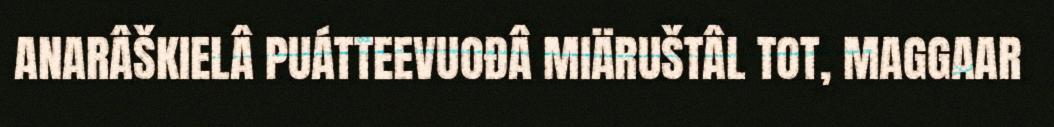
ANARÂŠKIELÂ PUÁTTEEVUOĐÂ MIÄRUŠTÂL TOT, MAGGAAR